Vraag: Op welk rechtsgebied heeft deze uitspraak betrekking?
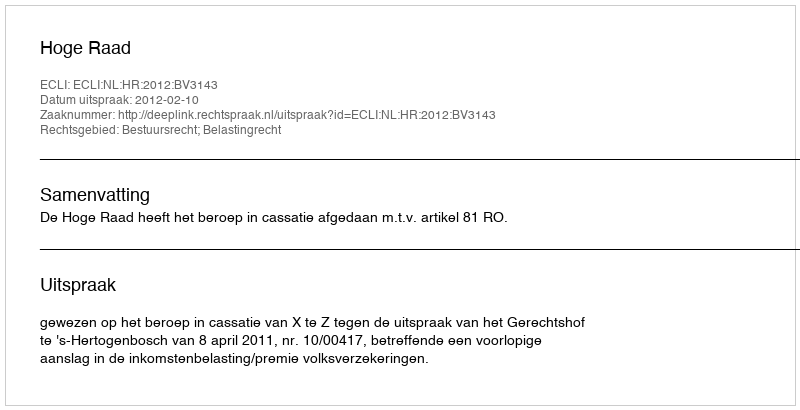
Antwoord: Bestuursrecht; Belastingrecht